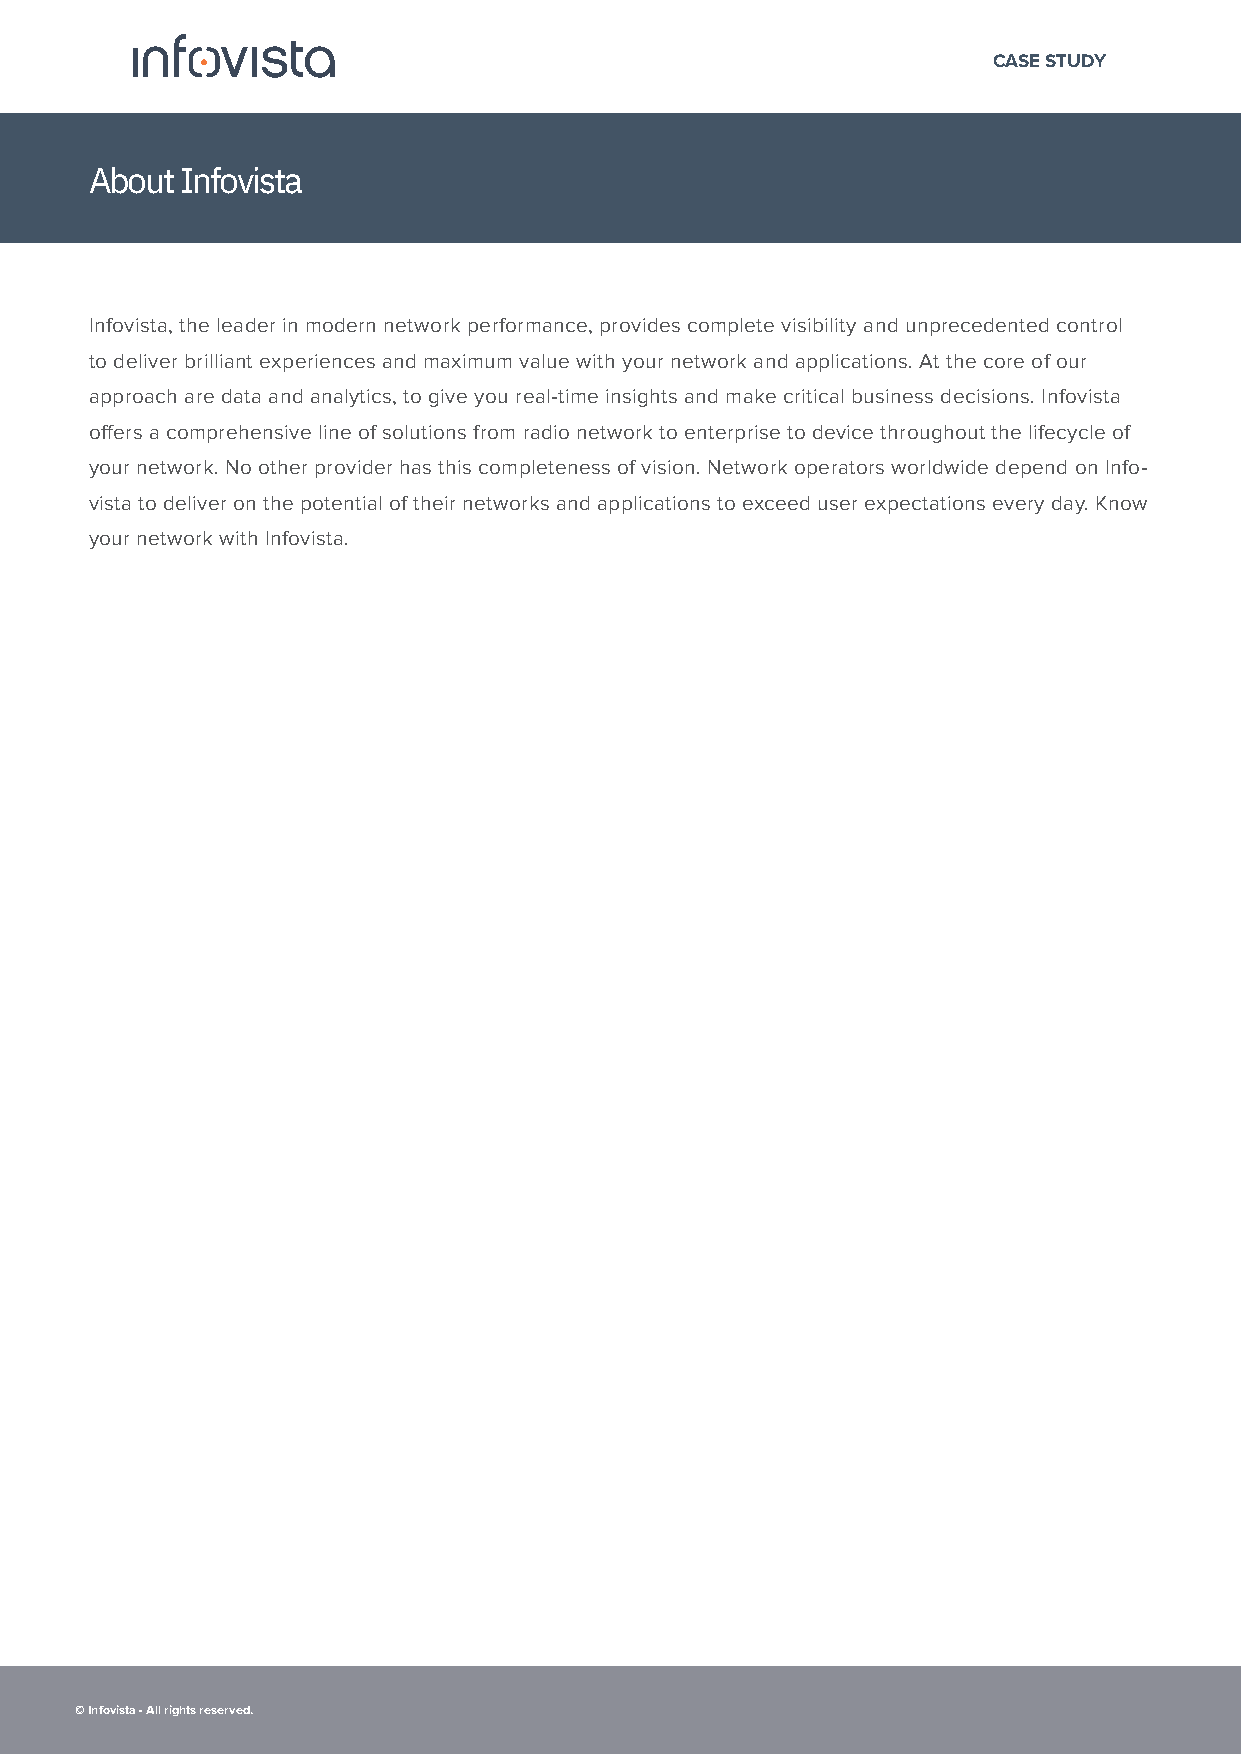
CASE STUDY
 About Infovista
 Infovista, the leader in modern network performance, provides complete visibility and unprecedented control
 to deliver brilliant experiences and maximum value with your network and applications. At the core of our
 approach are data and analytics, to give you real-time insights and make critical business decisions. Infovista
 offers a comprehensive line of solutions from radio network to enterprise to device throughout the lifecycle of
 your network. No other provider has this completeness of vision. Network operators worldwide depend on Info-
 vista to deliver on the potential of their networks and applications to exceed user expectations every day. Know
 your network with Infovista.
 © Infovista - All rights reserved.